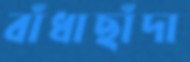
বাঁধাছাঁদা